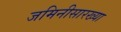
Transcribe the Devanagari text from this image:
जमिनीसारख्या